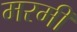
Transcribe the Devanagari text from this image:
मरमी